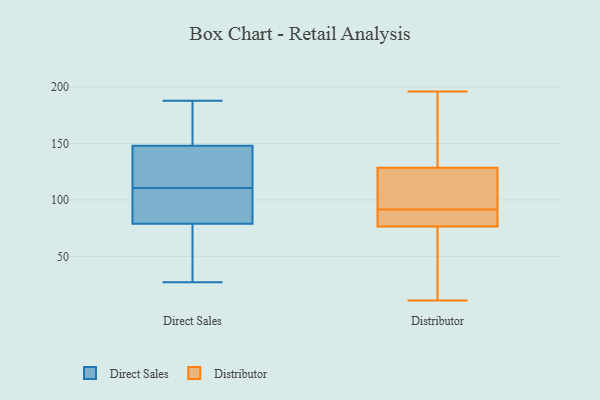
{"axis": {"x": "Satisfaction Score", "y": "Value"}, "legend": ["Direct Sales", "Distributor"], "data": [{"x": "", "y": 56, "type": "Direct Sales"}, {"x": "", "y": 92, "type": "Direct Sales"}, {"x": "", "y": 158, "type": "Direct Sales"}, {"x": "", "y": 115, "type": "Direct Sales"}, {"x": "", "y": 106, "type": "Direct Sales"}, {"x": "", "y": 188, "type": "Direct Sales"}, {"x": "", "y": 99, "type": "Direct Sales"}, {"x": "", "y": 102, "type": "Direct Sales"}, {"x": "", "y": 138, "type": "Direct Sales"}, {"x": "", "y": 66, "type": "Direct Sales"}, {"x": "", "y": 57, "type": "Direct Sales"}, {"x": "", "y": 128, "type": "Direct Sales"}, {"x": "", "y": 27, "type": "Direct Sales"}, {"x": "", "y": 169, "type": "Direct Sales"}, {"x": "", "y": 172, "type": "Direct Sales"}, {"x": "", "y": 124, "type": "Direct Sales"}, {"x": "", "y": 78, "type": "Distributor"}, {"x": "", "y": 119, "type": "Distributor"}, {"x": "", "y": 114, "type": "Distributor"}, {"x": "", "y": 93, "type": "Distributor"}, {"x": "", "y": 107, "type": "Distributor"}, {"x": "", "y": 82, "type": "Distributor"}, {"x": "", "y": 127, "type": "Distributor"}, {"x": "", "y": 11, "type": "Distributor"}, {"x": "", "y": 88, "type": "Distributor"}, {"x": "", "y": 40, "type": "Distributor"}, {"x": "", "y": 39, "type": "Distributor"}, {"x": "", "y": 196, "type": "Distributor"}, {"x": "", "y": 149, "type": "Distributor"}, {"x": "", "y": 85, "type": "Distributor"}, {"x": "", "y": 163, "type": "Distributor"}, {"x": "", "y": 130, "type": "Distributor"}, {"x": "", "y": 149, "type": "Distributor"}, {"x": "", "y": 90, "type": "Distributor"}, {"x": "", "y": 46, "type": "Distributor"}, {"x": "", "y": 75, "type": "Distributor"}]}